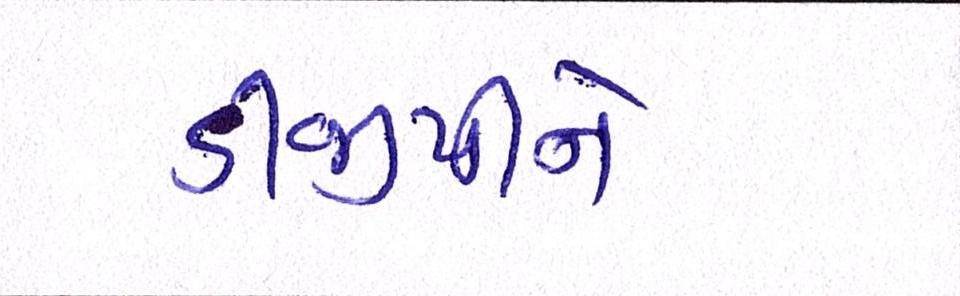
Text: ડીજીપીને